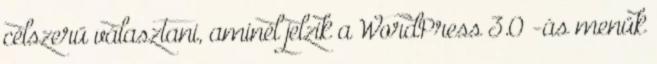
célszerű választani, aminél jelzik a WordPress 3.0 -ás menük